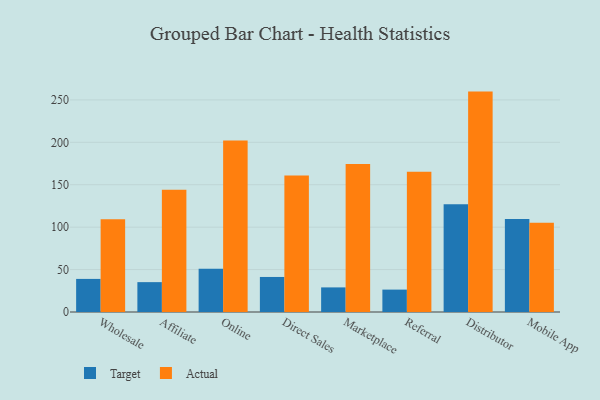
{"axis": {"x": "Channel", "y": "Page Views"}, "legend": ["Actual", "Target"], "data": [{"x": "Wholesale", "y": 39.0, "type": "Target"}, {"x": "Wholesale", "y": 109.2, "type": "Actual"}, {"x": "Affiliate", "y": 35.2, "type": "Target"}, {"x": "Affiliate", "y": 144.1, "type": "Actual"}, {"x": "Online", "y": 50.9, "type": "Target"}, {"x": "Online", "y": 202.1, "type": "Actual"}, {"x": "Direct Sales", "y": 41.3, "type": "Target"}, {"x": "Direct Sales", "y": 161.0, "type": "Actual"}, {"x": "Marketplace", "y": 29.0, "type": "Target"}, {"x": "Marketplace", "y": 174.4, "type": "Actual"}, {"x": "Referral", "y": 26.4, "type": "Target"}, {"x": "Referral", "y": 165.4, "type": "Actual"}, {"x": "Distributor", "y": 126.9, "type": "Target"}, {"x": "Distributor", "y": 259.8, "type": "Actual"}, {"x": "Mobile App", "y": 109.5, "type": "Target"}, {"x": "Mobile App", "y": 105.3, "type": "Actual"}]}